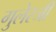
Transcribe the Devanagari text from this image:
गुलेरजी